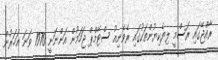
ރާއްޖޭގައި ރަސްމީ ލިޔެކިޔުންތަކުގައި ރެވެނިއު ސްޓޭމްޕް ޖަހަމުން އަންނަނީ 1970 ވަނަ އަހަރުން